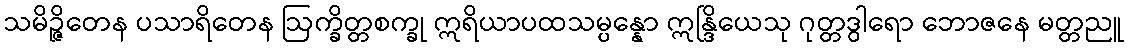
သမိဉ္ဇိတေန ပသာရိတေန ဩက္ခိတ္တစက္ခု ဣရိယာပထသမ္ပန္နော ဣန္ဒြိယေသု ဂုတ္တဒွါရော ဘောဇနေ မတ္တညူ